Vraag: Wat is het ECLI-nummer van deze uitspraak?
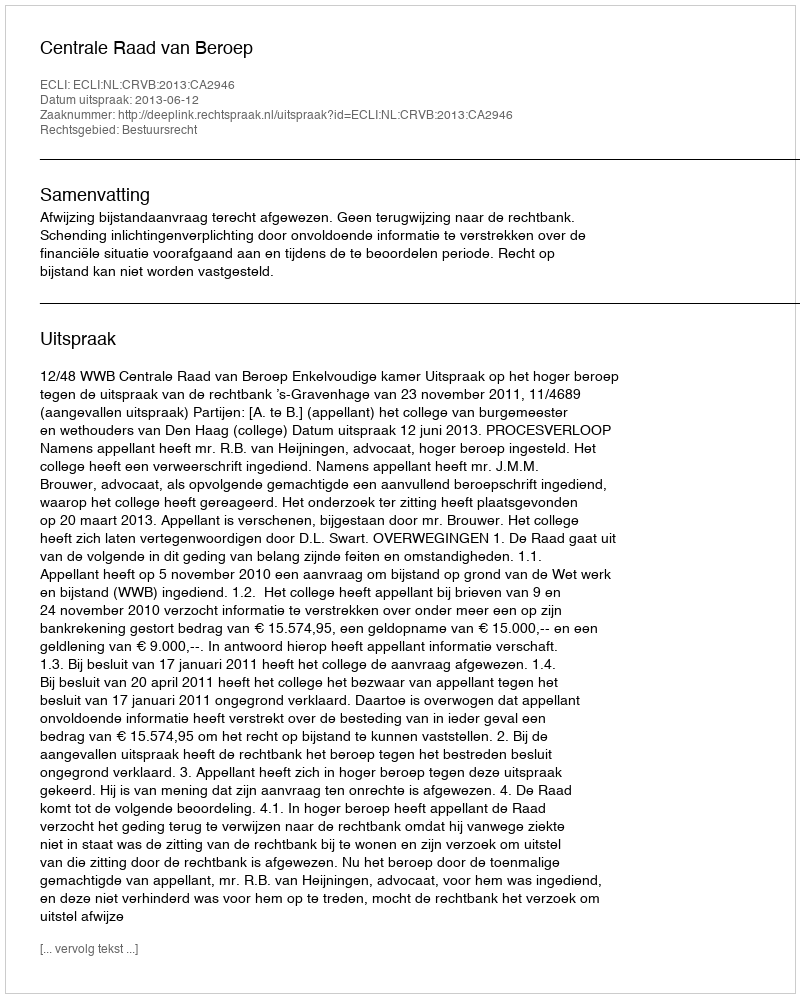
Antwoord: ECLI:NL:CRVB:2013:CA2946